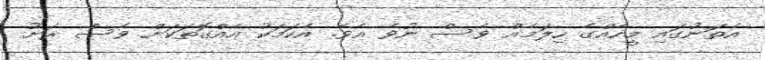
އެތަނުގައި މީހެއްގެ ހިލަމެއް ވެސް ނުވެ އެވެ. އެކަމަކު އެއްގޮތަކަށް ވެސް ރަށު